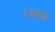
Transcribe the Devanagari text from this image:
१६ला